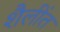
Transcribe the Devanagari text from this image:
शैलींत